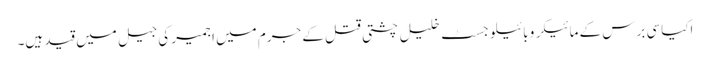
اکیاسی برس کے مائیکرو بائیلوجسٹ خلیل چشتی قتل کے جرم میں اجمیر کی جیل میں قید ہیں۔